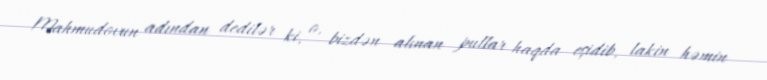
Mahmudovun adından dedilər ki, o, bizdən alınan pullar haqda eşidib, lakin həmin